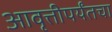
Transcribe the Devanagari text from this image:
आवृत्तीपर्यंतचा